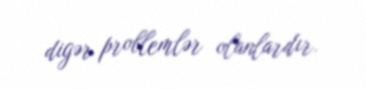
digər problemlər olanlardır.